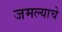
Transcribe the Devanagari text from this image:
जमल्याचे